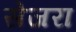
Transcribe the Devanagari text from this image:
सेजरा